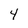
Character: 4